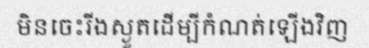
មិនចេះរីងស្ងួតដើម្បីកំណត់ឡើងវិញ